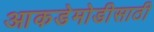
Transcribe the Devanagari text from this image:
आकडेमोडीसाठी